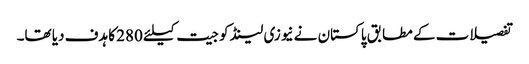
تفصیلات کے مطابق پاکستان نے نیوزی لینڈ کو جیت کیلئے 280 کا ہدف دیا تھا۔